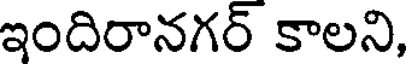
ఇందిరానగర్ కాలని,